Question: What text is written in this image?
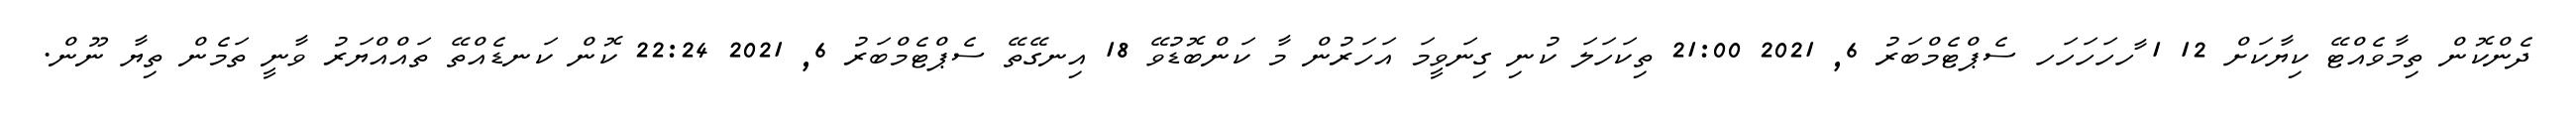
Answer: ދެންކޮން ތިމާވެއްޓޭ ކިޔާކަށް 12 1 ާހހަހަހަހ ސެޕްޓެމްބަރު 6, 2021 21:00 ތިކަހަލަ ކުނި ގިނަވީމަ އަހަރުން މާ ކަންބޮޑުވޭ 18 އިނގޭތޭ ސެޕްޓެމްބަރު 6, 2021 22:24 ކޮން ކަނޑެއްތޭ ތައްއްޔަރު ވާނީ ތަމެން ތިޔާ ނޫން.